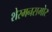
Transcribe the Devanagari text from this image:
शेरमनसमोर